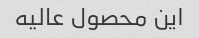
این محصول عالیه